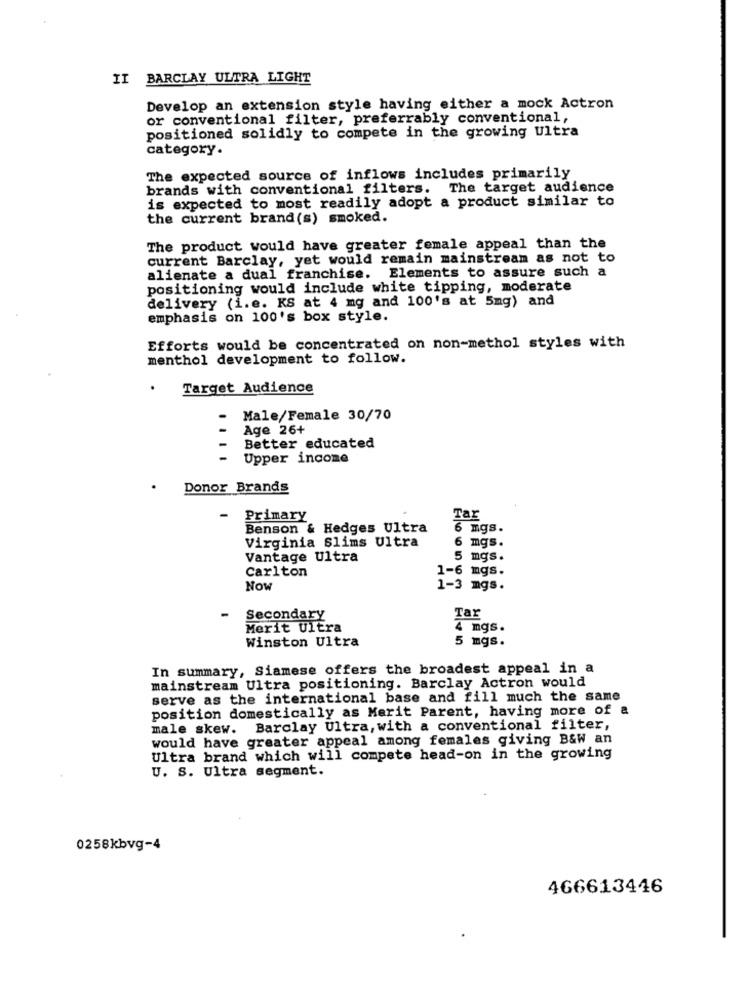
II BARCLAY ULTRA LIGHT
Develop an extension style having either a mock Actron
or conventional filter, preferrably conventional,
positioned solidly to compete in the growing Ultra
category.
The expected source of inflows includes primarily
brands with conventional filters. The target audience
is expected to most readily adopt a product similar to
the current brand (s) smoked.
The product would have greater female appeal than the
current Barclay, yet would remain mainstream as not to
alienate a dual franchise. Elements to assure such a
positioning would include white tipping, moderate
delivery (i.e. KS at 4 mg and 100's at 5mg) and
emphasis on 100's box style.
Efforts would be concentrated on non-methol styles with
menthol development to follow.
Target Audience
Male/Female 30/70
Age 26+
Better educated
Upper income
Donor Brands
Primary
Tar
Benson & Hedges Ultra
6 mgs.
Virginia Slims Ultra
6 mgs.
Vantage Ultra
5 mgs.
Carlton
1-6 mgs.
Now
1-3 mgs.
Tar
Secondary
Merit Ultra
4 mgs.
Winston Ultra
5 mgs.
In summary, Siamese offers the broadest appeal in a
mainstream Ultra positioning. Barclay Actron would
serve as the international base and fill much the same
position domestically as Merit Parent, having more of a
male skew. Barclay Ultra, with a conventional filter,
would have greater appeal among females giving B&W an
Ultra brand which will compete head-on in the growing
U. S. Ultra segment.
0258kbvg-4
466613446